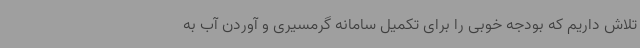
تلاش داریم که بودجه خوبی را برای تکمیل سامانه گرمسیری و آوردن آب به